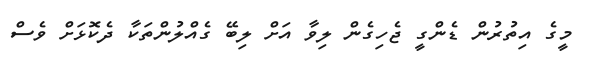
މީގެ އިތުރުން ޑެންގީ ޖެހިގެން ލިވާ އަށް ލިބޭ ގެއްލުންތަކާ ދެކޮޅަށް ވެސް